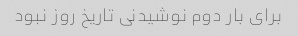
برای بار دوم نوشیدنی تاریخ روز نبود